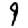
Digit: 9